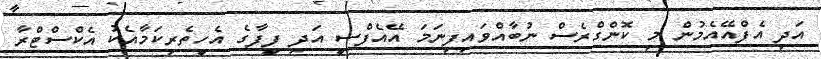
އަދި އެފްއޭއެމުން މި ކޮންގްރެސް ނުބާއްވައިފިނަމަ އޭއެފްސީ އަދި ފީފާގެ އެހީތެރިކަމާއެކު އެކްސްޓްރާ